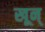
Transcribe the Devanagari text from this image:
खून्